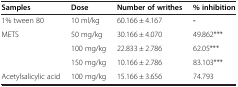
<table><thead><tr><td><b>Samples</b></td><td><b>Dose</b></td><td><b>Number of writhes</b></td><td><b>% inhibition</b></td></tr></thead><tbody><tr><td>1% tween 80</td><td>10 ml/kg</td><td>60.166 ± 4.167</td><td><b>-</b></td></tr><tr><td rowspan="3">METS</td><td>50 mg/kg</td><td>30.166 ± 4.070</td><td>49.862***</td></tr><tr><td>100 mg/kg</td><td>22.833 ± 2.786</td><td>62.05***</td></tr><tr><td>150 mg/kg</td><td>10.166 ± 2.786</td><td>83.103***</td></tr><tr><td>Acetylsalicylic acid</td><td>100 mg/kg</td><td>15.166 ± 3.656</td><td>74.793</td></tr></tbody></table>